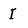
Character: I